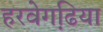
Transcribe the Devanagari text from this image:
हरवेगढि़या